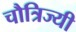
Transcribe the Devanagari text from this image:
चौत्रिज्यी